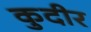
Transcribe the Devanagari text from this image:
कुदीर